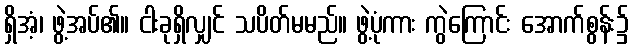
ရှိအံ့၊ ဖွဲ့အပ်၏။ ငါးခုရှိလျှင် သပိတ်မမည်။ ဖွဲ့ပုံကား ကွဲကြောင်း အောက်စွန်း၌